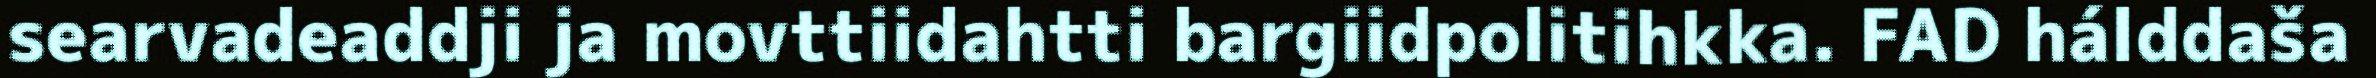
searvadeaddji ja movttiidahtti bargiidpolitihkka. FAD hálddaša